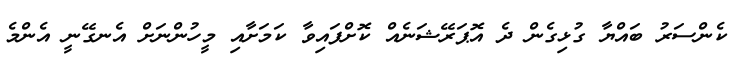
ކެންސަރު ބައްޔާ ގުޅިގެން ދެ އޮޕަރޭޝަނެއް ކޮށްފައިވާ ކަމަށާއި މީހުންނަށް އެނގޭނީ އެންމެ